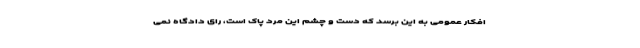
افکار عمومی به این برسد که دست و چشم این مرد پاک است، رای دادگاه نمی